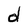
Character: d